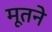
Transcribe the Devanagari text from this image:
मूतने